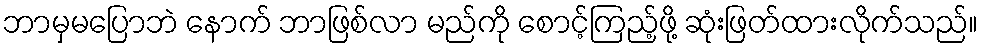
ဘာမှမပြောဘဲ နောက် ဘာဖြစ်လာ မည်ကို စောင့်ကြည့်ဖို့ ဆုံးဖြတ်ထားလိုက်သည်။